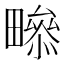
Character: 𤳒